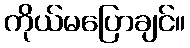
ကိုယ်မပြောချင်။